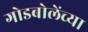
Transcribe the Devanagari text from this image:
गोडबोलेंच्या